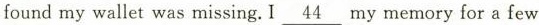
found my wallet was missing.I\underline{44}my memory for a few